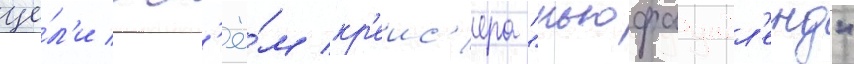
це́л'и огн'ё́м кр'еис'ера "ньюфаундл'енд"